Insane asylums in Bengal annual reports 1867-1875 - 1867-1875
Year: 1867
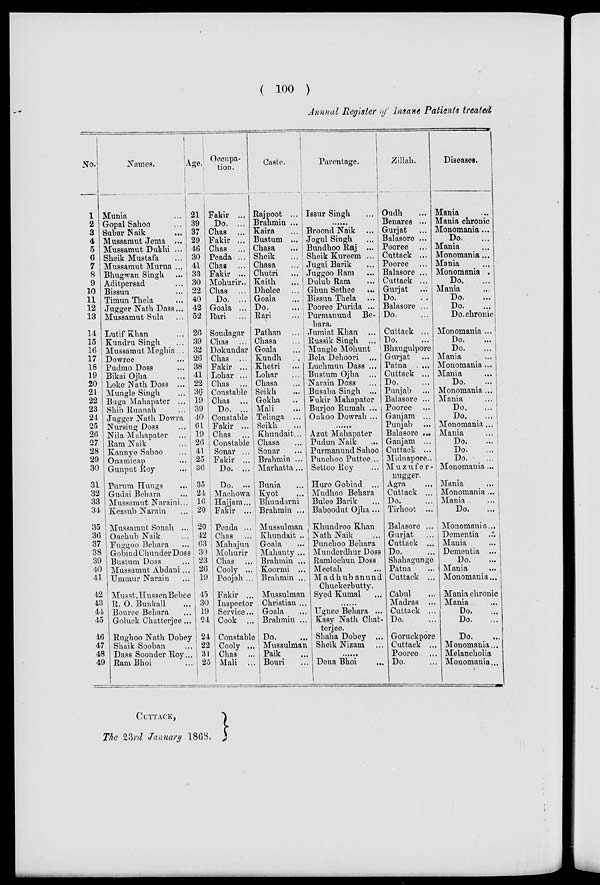
( 100 )
Annual Register of Insane Patients treated
No.
1
2
3
4
5
6
7
8
9
10
11
12
13
14
15
16
17
18
19
20
21
22
23
24
25
26
27
28
29
30
31
32
33
34
35
36
37
38
39
40
41
42
43
44
45
46
47
48
49
Names.
Mania ...
Gopal Sahoo ...
Subar Naik ...
Mussamut Jema ...
Mussamut Dukhi ...
Sheik Mustafa
Mussamut Murna ...
Bhagwan Singh ...
Aditpersad ...
Bissun
Timun Thela ...
Jugger Nath Dass ...
Mussamut Sula ...
Lutif Khan ...
Kundru Singh ...
Mussamut Meghia ...
Dowree ...
Pudmo Doss ...
Bikai Ojha ...
Loke Nath Doss ...
Mungle Singh ...
Buga Mahapater ...
Shib Runnah ...
Jugger Nath Dowra
Nursing Doss ...
Nila Mahapater ...
Earn Naik ...
Kannye Sahoo ...
Onamicap ...
Gunput Roy ...
Purum Hungs ...
Gudai Behara ...
Mussamut Naraini ...
Kessub Narain ...
Mussamut Sonah ...
Oachub Naik ...
Fuggoo Behara ...
Gobind Chunder Doss
Bustum Doss ...
Mussamut Abdani...
Ummur Narain ...
Musst.Hussen Bebee
R. O. Bunkall ...
Bouree Behara ...
Goluck Chatterjee ...
Rughoo Nath Dobey
Shaik Sooban ...
Dass Soonder Roy ...
Ram Bhoi ...
Age.
21
39
37
29
46
30
41
33
30
22
40
42
52
26
39
32
26
38
41
22
36
19
39
40
61
19
26
41
25
36
35
24
16
20
20
42
63
30
23
26
19
45
30
19
24
24
22
31
25
Occupa-
tion.
Fakir ...
Do. ...
Chas ...
Fakir ...
Chas ...
Peada ...
Chas ...
Fakir ...
Mohurir ..
Chas ...
Do. ...
Goala ...
Rari ...
Soudagar
Chas ...
Dokundar
Chas ...
Fakir ...
Lobar ...
Chas ...
Constable
Chas ...
Do. ...
Constable
Fakir ...
Chas ...
Constable
Sonar ...
Fakir ...
Do. ...
Do. ...
Machowa ...
Hajjam...
Fakir ...
Peada ...
Chas ...
Mahajun
Mohurir
Chas ...
Cooly ...
Poojah ...
Fakir ...
Inspector
Service ...
Cook ..
Constable
Cooly ...
Chas ...
Mali ...
Caste.
Rajpoot ...
Brahmin ...
Kaira ...
Bustum ...
Chasa
...
Sheik
...
Chasa
...
Chutri
...
Kaith ...
Dholee ...
Goala
...
Do.
...
Rari
...
Pathan ...
Chasa ...
Goala ...
Kundh ...
Khetri ...
Lohar ...
Chasa ...
Seikh ...
Gokha ...
Mali ...
Telinga ...
Seikh ...
Khundait...
Chasa ...
Sonar ...
Brahmin ...
Marhatta ...
Bunia ...
Kyot ...
Bhundarni
Brahmin ...
Mussulman
Khundait ..
Goala ...
Mahanty ...
Brahmin ...
Koormi ...
Brahmin ...
Mussulman
Christian ...
Goala ...
Brahmin ...
Do.
Mussulman
Paik ...
Bouri ...
Parentage.
Issur Singh ...
......
Broond Naik ...
Jogul Singh ...
Bundhoo Raj ...
Sheik Kureem ...
Jugai Barik ...
Juggoo Ram ...
Dulub Ram ...
Ghun Sethee ...
Bissun Thela ...
Pooree Purida ...
Purmanund Be-
hara.
Jumiat Khan ...
Russik Singh ....
Mungle Mohunt
Bela Dehoori ...
Luchmun Dass ...
Bustum Ojha ...
Narain Doss ...
Busaba Singh ...
Fukir Mahapater
Burjoo Rumah ...
Onkoo Dowrah ...
........
Azut Mahapater
Pudun Naik ...
Purmanund Sahoo
Punchoo Puttee...
Settoo Roy ...
Huro Gobind ...
Mudhoo Behara
Bulee Barik ...
Baboodut Ojha ...
Khundroo Khan
Nath Naik ...
Punchoo Behara
Munderdhur Doss
Ramlochun Doss
Meetah ...
Madhubanund
Chuckerbutty.
Syed Kumal ...
.......
Ugnee Behara ...
Kasy Nath Chat-
terjee.
Shaba Dobey ...
Sheik Nizam ...
.......
Dena Bhoi ...
Zillali.
Oudh ...
Benares ...
Gurjat ...
Balasore ...
Pooree ...
Cuttack ...
Pooree ...
Balasore ...
Cuttack ...
Gurjat ...
Do. ...
Balasore ...
Do. ...
Cuttack ...
Do. ...
Bhaugulpore
Gurjat ...
Patna
...
Cuttack ...
Do. ...
Punjab ...
Balasore ...
Pooree ...
Ganjam ...
Punjab ...
Balasore ...
Ganjam ...
Cuttack ...
Midnapore..
Muzu f e r -
nugger.
Agra ...
Cuttack ...
Do. ...
Tirhoot ...
Balasore ...
Gurjat ...
Cuttack ...
Do. ...
Shahagunge
Patna ...
Cuttack ...
Cabul ...
Madras ...
Cuttack ...
Do. ...
Goruckpore
Cuttack ...
Pooree ...
Do. ...
Diseases.
Mania ...
Mania chronic ...
Monomania...
Do. ...
Mania ...
Monomania ...
Mania ...
Monomania ...
Do. ...
Mania ...
Do. ...
Do. ...
Do. chronic
Monomania ...
Do. ...
Do. ...
Mania ...
Monomania...
Mania ...
Do. ...
Monomania ...
Mania ...
Do. ...
Do.
...
Monomania ...
Mania ...
Do. ...
Do. ...
Do. ...
Monomania ...
Mania ...
Monomania ...
Mania ...
Do. ...
Monomania...
Dementia ...
Mania ...
Dementia ...
Do. ...
Mania ...
Monomania...
Mania chronic
Mania ...
Do. ...
Do. ...
Do. ...
Monomania...
Melancholia ...
Monomania...
CUTTACK,
The 23rd January 1868.